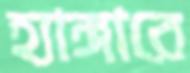
হ্যাঙ্গারে